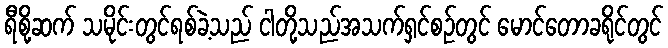
ရီစို့ဆက် သမိုင်းတွင်ရစ်ခဲ့သည် ငါတို့သည်အသက်ရှင်စဉ်တွင် မောင်တောခရိုင်တွင်